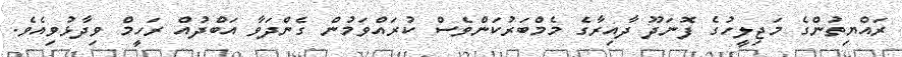
ރައްޔިތުންގެ މަޖިލީހުގެ ފޮނަދޫ ދާއިރާގެ މެމްބަރުކަންވެސް ކުރައްވަމުން ގެންދަވާ އަބްދުއް ރަހީމް ވިދާޅުވިއެވެ.